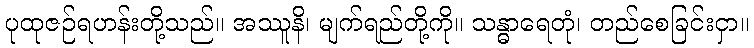
ပုထုဇဉ်ရဟန်းတို့သည်။ အဿူနိ၊ မျက်ရည်တို့ကို။ သန္ဓာရေတုံ၊ တည်စေခြင်းငှာ။